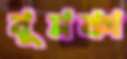
বুমকা